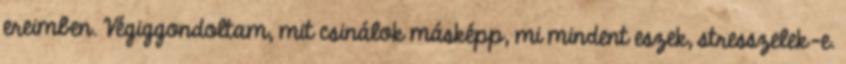
ereimben. Végiggondoltam, mit csinálok másképp, mi mindent eszek, stresszelek-e.